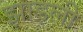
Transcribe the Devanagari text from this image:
झाड़ली